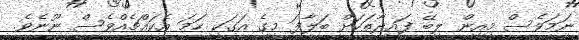
ނަމަވެސް މިއިން ލިބޭ ފައިދާތަކަށް ބަލާފަ މީގެ އަގަކީ ހަމަ އެކައްޗެއްވެސް ނޫނެވެ.